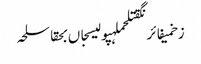
زخمیفائرنگقتلحملہپولیسجاں بحقاسلحہ